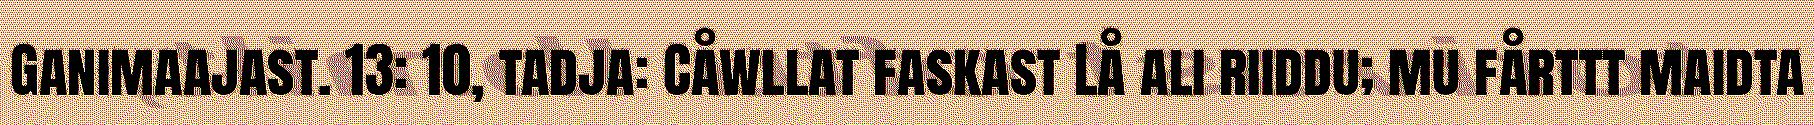
Ganimaajast. 13: 10, tadja: Cåwllat faskast Lå ali riiddu; mu fårttt maidta